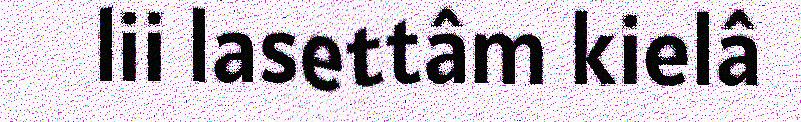
lii lasettâm kielâ